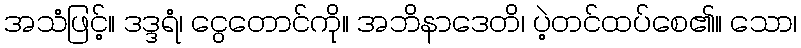
အသံဖြင့်။ ဒဒ္ဒရံ၊ ငွေတောင်ကို။ အဘိနာဒေတိ၊ ပဲ့တင်ထပ်စေ၏။ သော၊